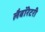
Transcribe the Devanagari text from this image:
लैबॉरेटरी